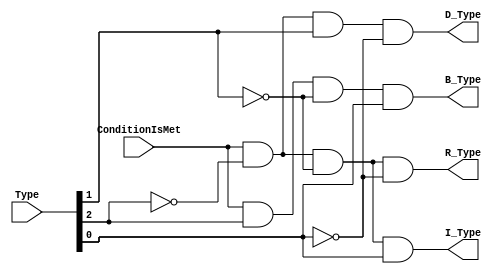
module GetType(
    input ConditionIsMet,
    input [2:0] Type,
    output I_Type,
    output R_Type,
    output D_Type,
    output B_Type
);
    assign I_Type = ConditionIsMet & ~Type[2] & ~Type[1] & Type[0];
    assign R_Type = ConditionIsMet & ~Type[2] & ~Type[1] & ~Type[0];
    assign D_Type = ConditionIsMet & ~Type[2] & Type[1] & ~Type[0];
    assign B_Type = ConditionIsMet & Type[2] & ~Type[1] & Type[0];
endmodule